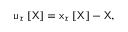
\mathsf { u } _ { \tau } \left[ \mathsf { X } \right] = \mathsf { x } _ { \tau } \left[ \mathsf { X } \right] - \mathsf { X } ,